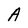
Character: A